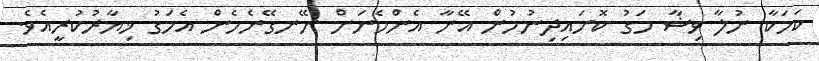
ކަމަކާ ނުލާ ވިޝާ މަގު ކޮށައިދިނުމުން އޭނާ އެންމެނަށް ނޭނގޭނެހެން އެމަގު ޚިޔާރުކުރީއެވެ.